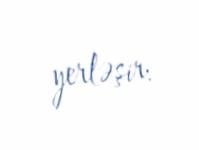
yerləşir.